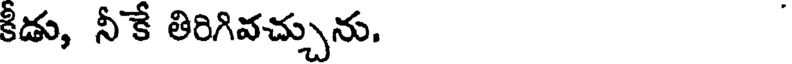
కీడు, నీకే తిరిగివచ్చును.